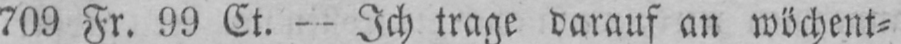
709 Fr. 99 Ct. - Ich trage darauf an wöchent⸗